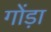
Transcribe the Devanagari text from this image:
गोंड़ा